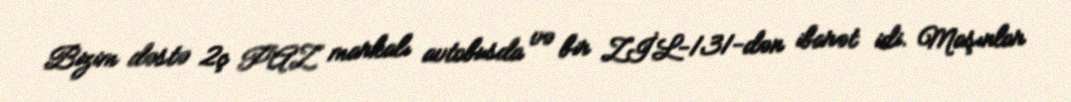
Bizim dəstə 2ç PAZ markalı avtobusda və bir ZİL-131-dən ibarət idi. Maşınlar